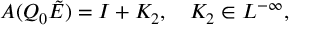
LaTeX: A ( Q _ { 0 } \tilde { E } ) = I + K _ { 2 } , \quad K _ { 2 } \in L ^ { - \infty } ,